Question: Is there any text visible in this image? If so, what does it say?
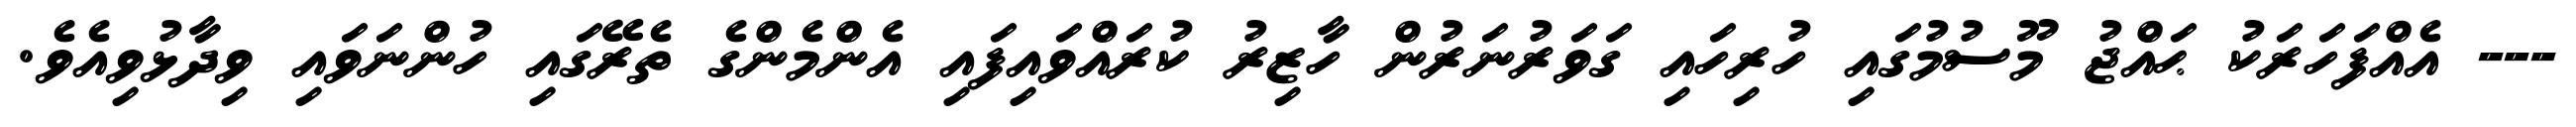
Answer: --- އެއްފަހަރަކު ޙައްޖު މޫސުމުގައި ހުރިހައި ގަވަރުނަރުން ހާޒިރު ކުރައްވައިފައި އެންމެންގެ ތެރޭގައި ހުންނަވައި ވިދާޅުވިއެވެ.